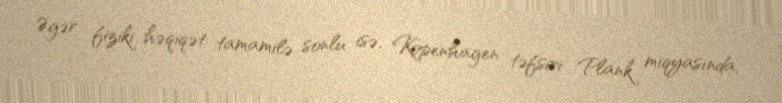
Əgər fiziki həqiqət tamamilə sonlu isə, Kopenhagen təfsiri Plank miqyasında,